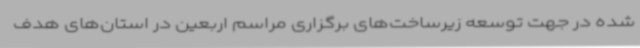
شده در جهت توسعه زیرساخت‌های برگزاری مراسم اربعین در استان‌های هدف